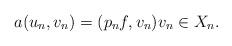
LaTeX: \begin{align*}a(u_n,v_n) =(p_n f,v_n) v_n \in X_n.\end{align*}